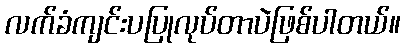
လက်ခံကျင်းပပြုလုပ်တာပဲဖြစ်ပါတယ်။